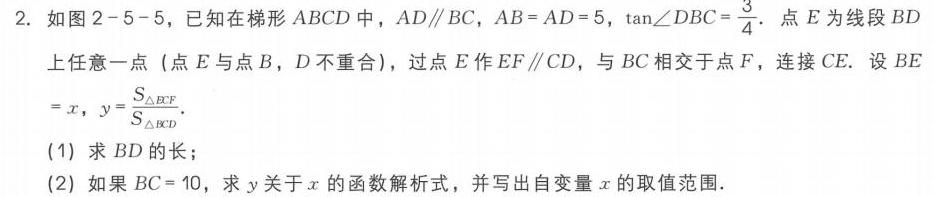
2. 如图2 - 5 - 5，已知在梯形\(ABCD\)中，\(AD\parallel BC\)，\(AB = AD = 5\)，\(\tan\angle DBC=\frac{3}{4}\)。点\(E\)为线段\(BD\)上任意一点（点\(E\)与点\(B\)，\(D\)不重合），过点\(E\)作\(EF\parallel CD\)，与\(BC\)相交于点\(F\)，连接\(CE\)。设\(BE = x\)，\(y=\frac{S_{\triangle BEF}}{S_{\triangle BCD}}\)。
(1) 求\(BD\)的长；
(2) 如果\(BC = 10\)，求\(y\)关于\(x\)的函数解析式，并写出自变量\(x\)的取值范围。